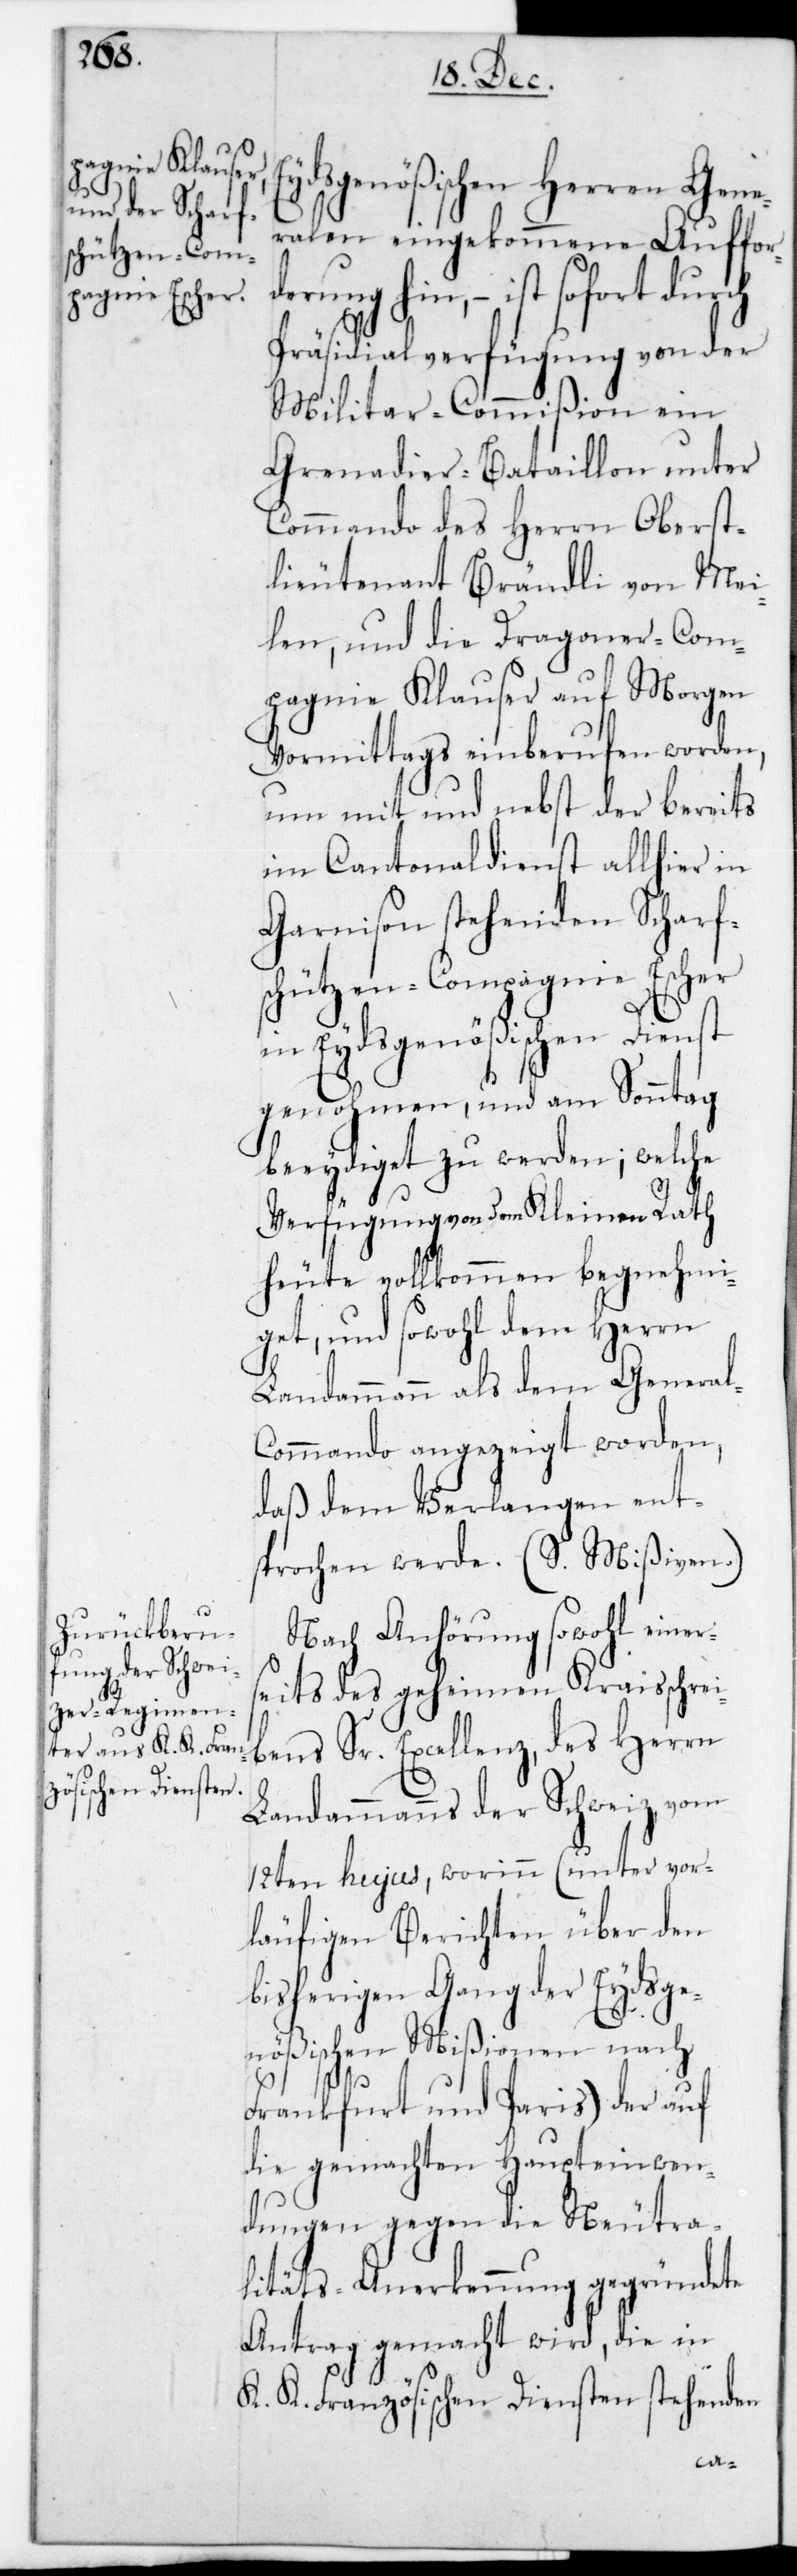
Eydsgenößischen Herren Gene¬
ralen eingekommene Auffor¬
ung hin, – ist sofort durch
Präsidialverfügung von der
Militar-Commißion ein
Grenadier-Bataillon und
Commando des Herrn Oberst¬
lieutenant Brändli von Mei¬
len, und die Dragoner-Com¬
pagnie Klauser auf morgen
Vormittags einberufen worden,
um mit und nebst der bereits
im Cantonaldienst allhier in
Garnison stehenden Scharf¬
schützen-Compagnie Escher
in Eydsgenößischen Dienst
genohmen, und am Sonntag
beeidiget zu werden; welche
Verfügung von dem Kleinen Rath
heute vollkommen begnehmi¬
get, und sowohl dem Herrn
Landammann als dem Genera¬
ommando angezeigt worden,
daß dem Verlangen ent¬
sprochen werde (s. Mißiven).
Nach Anhörung sowohl einer¬
seits des geheimen Kreisschrei¬
bens Sr. Excellenz des Herrn
Landammanns der Schweiz vom
12ten hujus, worinn (unter vor¬
läufigen Berichten über den
bisherigen Gang der Eydsge¬
nößischen Mißionen nach
Frankfurt und Paris) der auf
die gemachten Haupteinwen¬
dungen gegen die Neutra¬
litäts-Anerkennung gegründete
Antrag gemacht wird, die in
K. K. Französischen Diensten stehenden
l-C¬